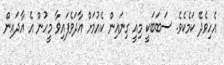
އެހިވެދޭ ކަމެކެވެ. ސަބަބަކީ މިއީ ގިނައިން ކެއުމަށް އާދަވެފައިވާ މީހުން އެ އާދައިން